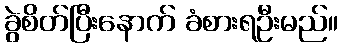
ခွဲစိတ်ပြီးနောက် ခံစားရဦးမည်။